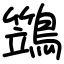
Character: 鷑